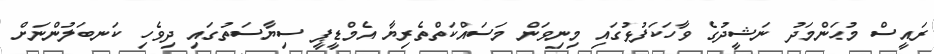
ރައީސް މުޙަންމަދު ނަޝީދުގެ ވާހަކަފުޅުގައި މިނިވަން މަސައްކަތްތެރިޔާ އެމްޑީޕީ ސިޔާސަތުގައި ދިވެހި ކަނބަލުންނަށް